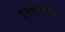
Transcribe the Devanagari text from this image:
शकतेर